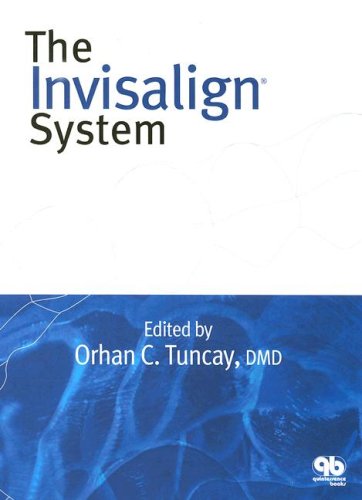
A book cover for The Invisalign System; Medical Books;